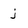
Character: j